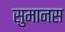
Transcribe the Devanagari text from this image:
सुमानस